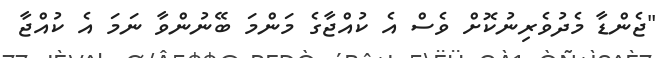
"ޖެންޑާ މެދުވެރިނުކޮށް ވެސް އެ ކުއްޖާގެ މަންމަ ބޭނުންވާ ނަމަ އެ ކުއްޖާ